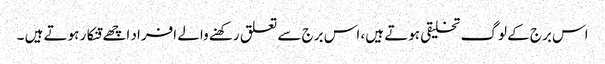
اس برج کے لوگ تخلیقی ہوتے ہیں، اس برج سے تعلق رکھنے والے افراد اچھے قنکار ہوتے ہیں ۔